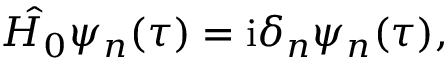
\hat { H _ { 0 } } \psi _ { n } ( \tau ) = \mathrm { i } \delta _ { n } \psi _ { n } ( \tau ) ,